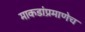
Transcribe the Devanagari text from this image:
माकडांप्रमाणेच